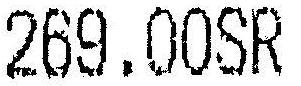
269.00SR